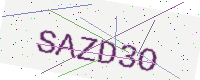
Text: SAZD3O